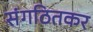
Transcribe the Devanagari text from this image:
संगठितकर